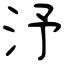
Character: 沀